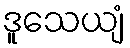
ဒူသေယျံ